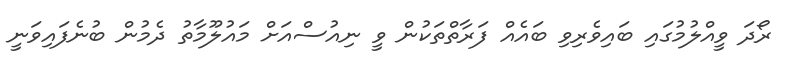
ރޯދަ ވީއްލުމުގައި ބައިވެރިވި ބައެއް ފަރާތްތަކުން ވީ ނިއުސްއަށް މައުލޫމާތު ދެމުން ބުނެފައިވަނީ